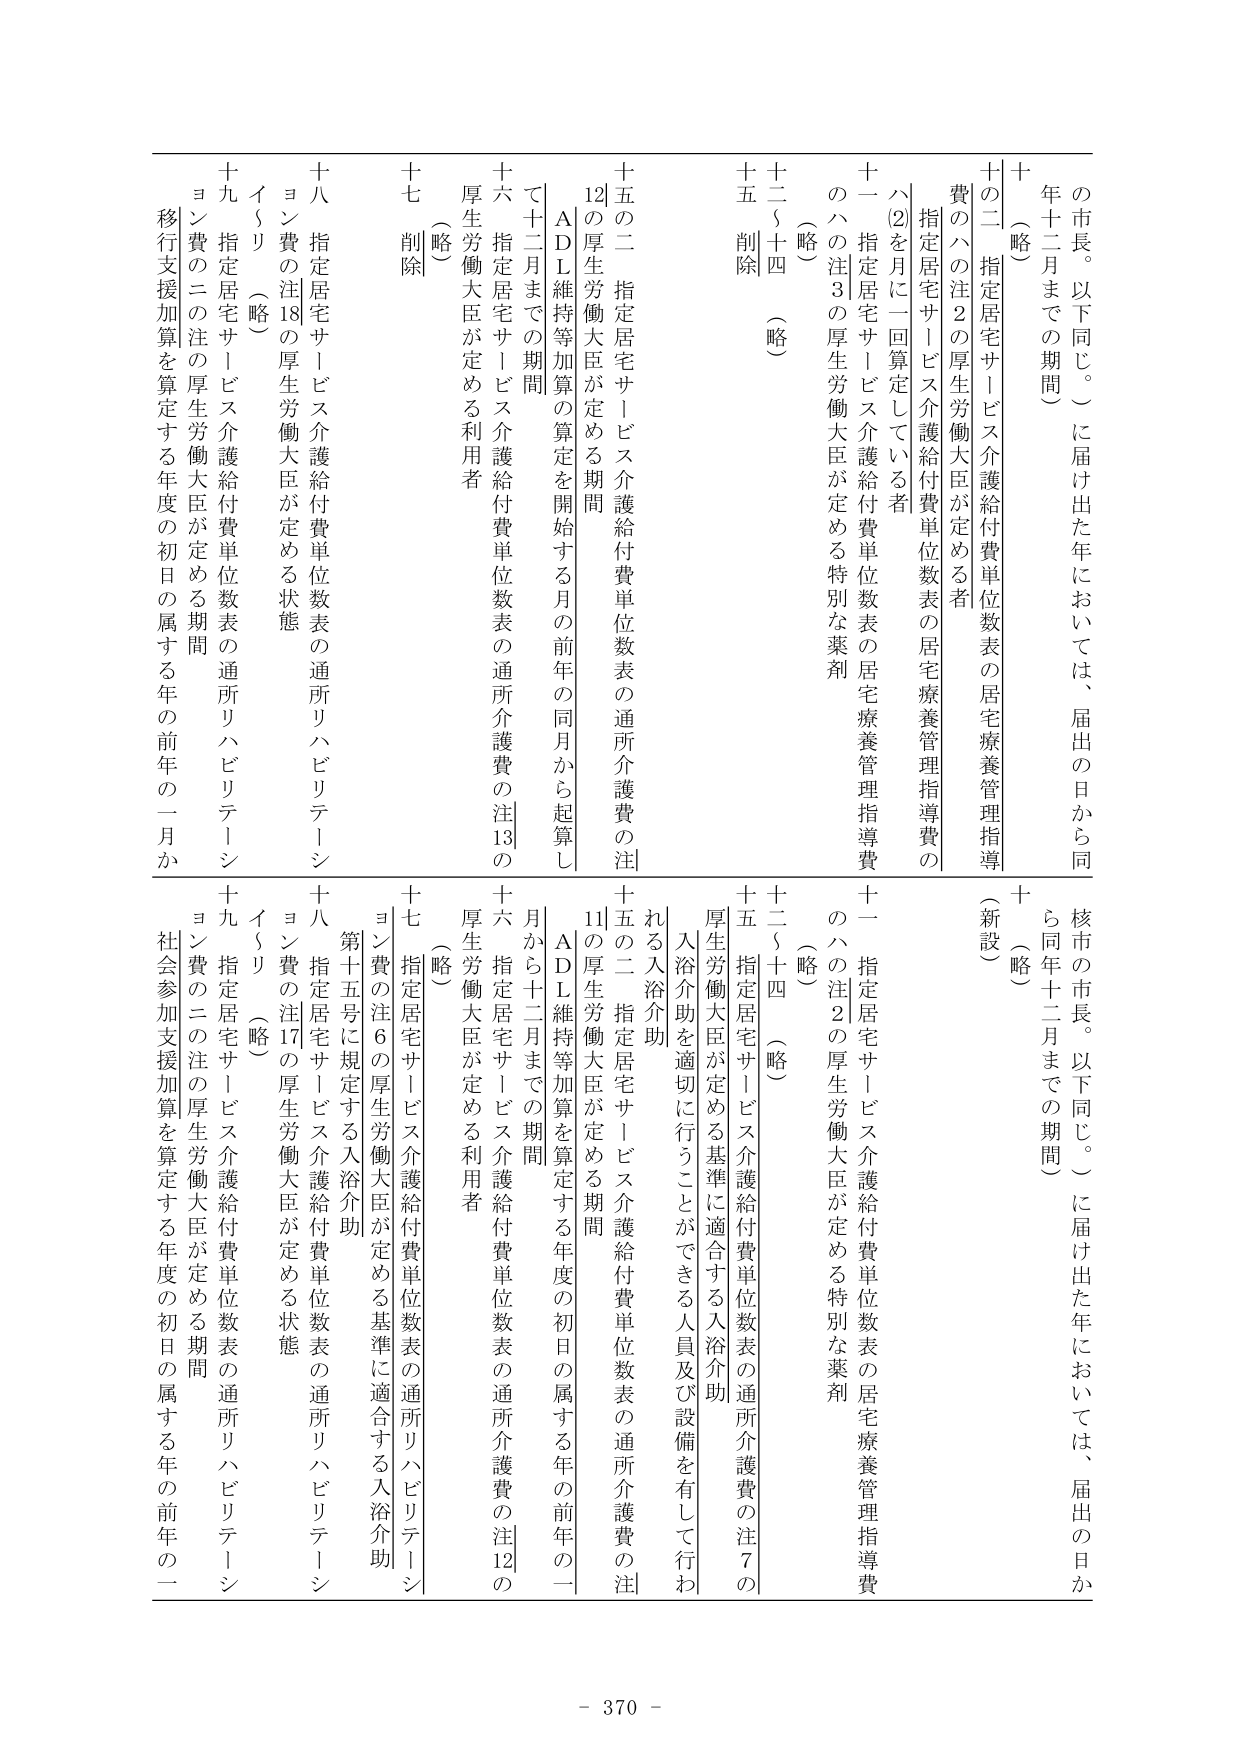
の市長。以下同じ。）に届け出た年においては、届出の日から同
年十二月までの期間）
十（略）
十二（指定居宅サービス介護給付費単位数表の居宅療養管理指導
費のハの注２の厚生労働大臣が定める者
ハ⑵を月に一回算定している者
十一 指定居宅サービス介護給付費単位数表の居宅療養管理指導費
のハの注３の厚生労働大臣が定める特別な薬剤
（略）
十二～十四（略）
十五 削除
十五の二 指定居宅サービス介護給付費単位数表の通所介護費の注
12の厚生労働大臣が定める期間
ＡＤＬ維持等加算の算定を開始する月の前年の同月から起算し
て十二月までの期間
十六 指定居宅サービス介護給付費単位数表の通所介護費の注13の
厚生労働大臣が定める利用者
（略）
十七 削除
十八 指定居宅サービス介護給付費単位数表の通所リハビリテーシ
ョン費の注18の厚生労働大臣が定める状態
イ～リ（略）
十九 指定居宅サービス介護給付費単位数表の通所リハビリテーシ
ョン費の二の注の厚生労働大臣が定める期間
移行支援加算を算定する年度の初日の属する年の前年の一月か

核市の市長。以下同じ。）に届け出た年においては、届出の日か
ら同年十二月までの期間）
十（略）
（新設）
十二（指定居宅サービス介護給付費単位数表の居宅療養管理指導
費のハの注２の厚生労働大臣が定める者
ハ⑵を月に一回算定している者
十一 指定居宅サービス介護給付費単位数表の居宅療養管理指導費
のハの注２の厚生労働大臣が定める特別な薬剤
（略）
十二～十四（略）
十五 指定居宅サービス介護給付費単位数表の通所介護費の注７の
厚生労働大臣が定める基準に適合する入浴介助
入浴介助を適切に行うことができる人員及び設備を有して行わ
れる入浴介助
十五の二 指定居宅サービス介護給付費単位数表の通所介護費の注
11の厚生労働大臣が定める期間
ＡＤＬ維持等加算を算定する年度の初日の属する年の前年の一
月から十二月までの期間
十六 指定居宅サービス介護給付費単位数表の通所介護費の注12の
厚生労働大臣が定める利用者
（略）
十七 指定居宅サービス介護給付費単位数表の通所リハビリテーシ
ョン費の注６の厚生労働大臣が定める基準に適合する入浴介助
十八 指定居宅サービス介護給付費単位数表の通所リハビリテーシ
ョン費の注17の厚生労働大臣が定める状態
イ～リ（略）
十九 指定居宅サービス介護給付費単位数表の通所リハビリテーシ
ョン費の二の注の厚生労働大臣が定める期間
社会参加支援加算を算定する年度の初日の属する年の前年の一

- 370 -